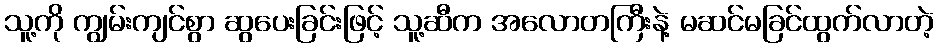
သူ့ကို ကျွမ်းကျင်စွာ ဆွပေးခြင်းဖြင့် သူ့ဆီက အလောတကြီးနဲ့ မဆင်မခြင်ထွက်လာတဲ့